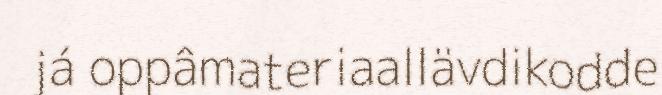
já oppâmateriaallävdikodde